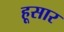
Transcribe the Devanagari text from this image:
हूसार